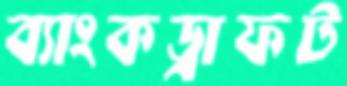
ব্যাংকড্রাফট